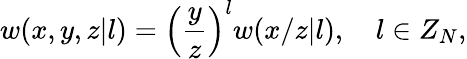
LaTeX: w(x,y,z|l)={\Bigl(}{\frac{y}{z}}{\Bigr)}^{l}w(x/z|l),\quad l\in Z_{N},